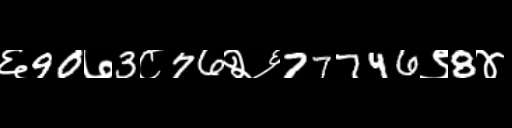
Text: ६90७3८76२६77746९8४